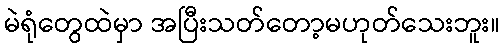
မဲရုံတွေထဲမှာ အပြီးသတ်တော့မဟုတ်သေးဘူး။